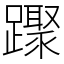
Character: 䠫